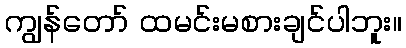
ကျွန်တော် ထမင်းမစားချင်ပါဘူး။